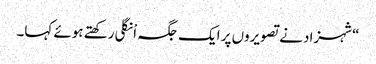
“شہزاد نے تصویروں پر ایک جگہ اْنگلی رکھتے ہوئے کہا۔